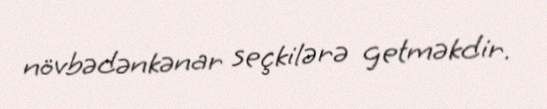
növbədənkənar seçkilərə getməkdir.